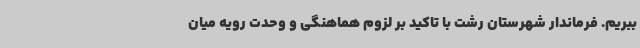
ببریم. فرماندار شهرستان رشت با تاکید بر لزوم هماهنگی و وحدت رویه میان